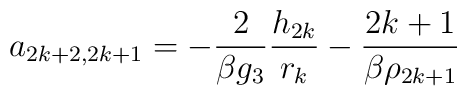
a_{2k+2,2k+1} = -\frac{2}{\beta g_3} \frac{h_{2k}}{r_k}-\frac{2k+1}{\beta \rho _{2k+1}}